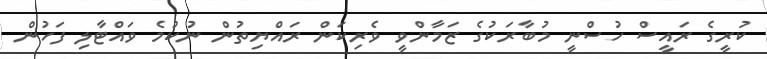
ކުރީގެ ރައީސް ހުސްނީ މުބާރަކުގެ ޒަމާންވީ ވެރިކަން ރައްޔިތުން ނުކުމެ ވައްޓާލި ފަހުން